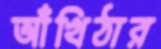
আঁখিঠার